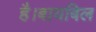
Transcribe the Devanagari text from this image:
है।बायबिल